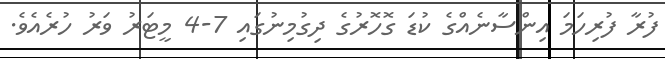
ފުރާ ފުރިހަމަ އިންސާނެއްގެ ކުޑަ ގޮހޮރުގެ ދިގުމިނުގައި 7-4 މީޓަރު ވަރު ހުރެއެވެ.